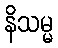
နိသမ္မ